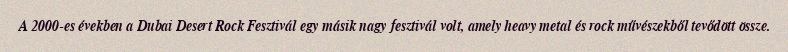
A 2000-es években a Dubai Desert Rock Fesztivál egy másik nagy fesztivál volt, amely heavy metal és rock művészekből tevődött össze.